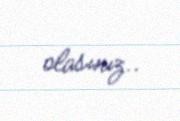
olasınız..